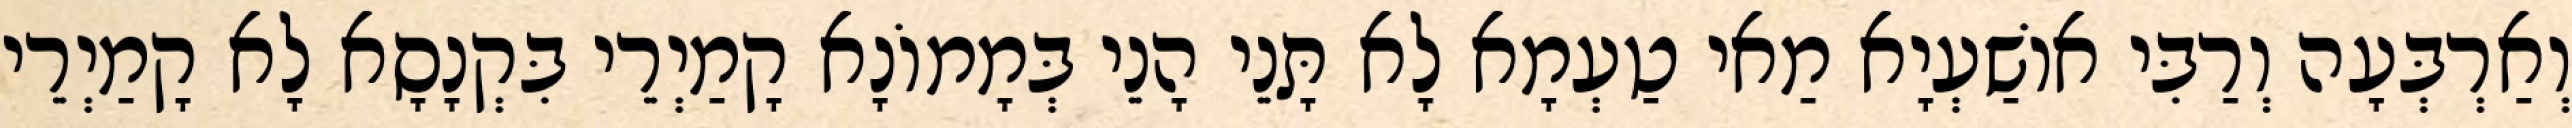
וְאַרְבְּעָה וְרַבִּי אוֹשַׁעְיָא מַאי טַעְמָא לָא תָּנֵי הָנֵי בְּמָמוֹנָא קָמַיְרֵי בִּקְנָסָא לָא קָמַיְרֵי